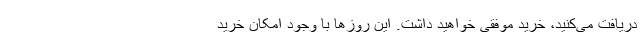
دریافت می‌کنید، خرید موفقی خواهید داشت. این روزها با وجود امکان خرید